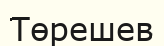
Төрешев